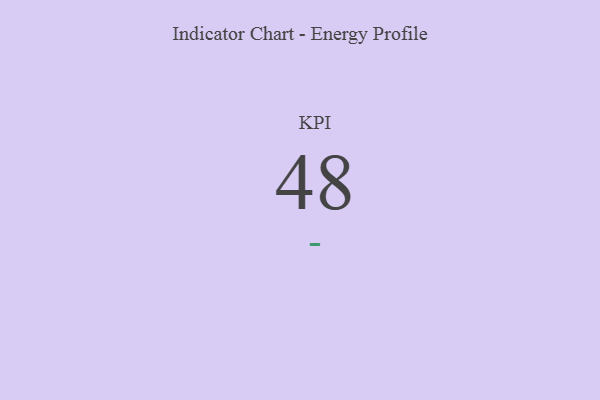
{"axis": {"x": "KPI", "y": "Value"}, "legend": [""], "data": [{"x": "KPI", "y": 48, "type": ""}]}